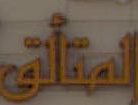
استاني